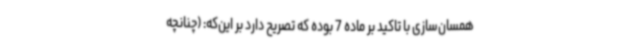
همسان‌سازی با تاکید بر ماده 7 بوده که تصریح دارد بر این‌که: (چنانچه